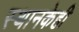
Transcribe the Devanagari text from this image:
स्थानकेही